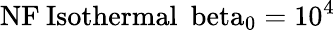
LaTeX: \mathrm{{NF}\: \mathrm{{Isothermal}\: \ beta_{0}=10^{4}}}